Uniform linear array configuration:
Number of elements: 4
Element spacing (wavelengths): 0.75
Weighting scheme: cosine
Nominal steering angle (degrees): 15
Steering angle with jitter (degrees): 16.187
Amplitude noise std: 0.05
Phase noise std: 0.05

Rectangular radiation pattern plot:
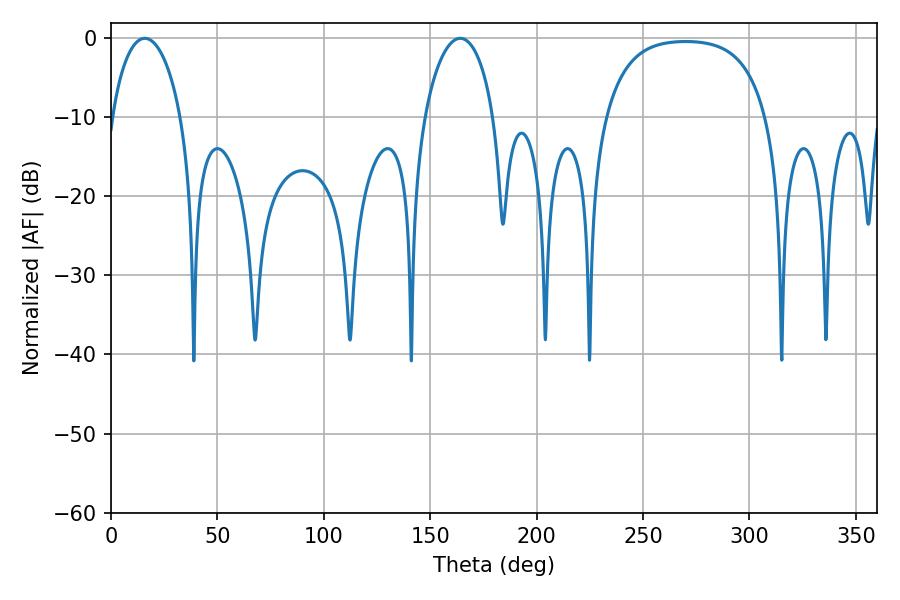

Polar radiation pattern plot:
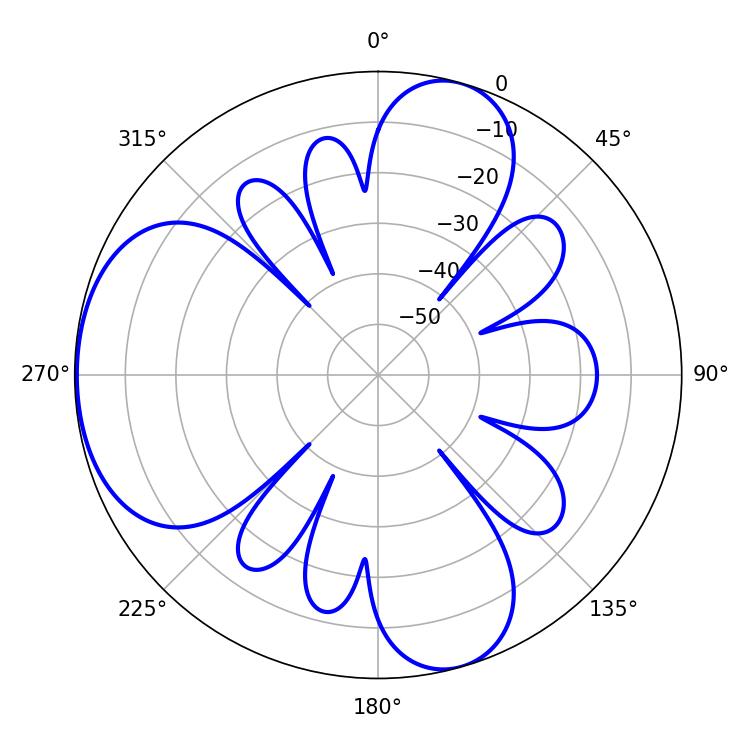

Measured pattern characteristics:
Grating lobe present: TRUE
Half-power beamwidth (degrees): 18.54
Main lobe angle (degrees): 164.16